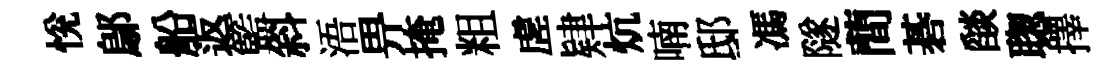
恱鄔船返籃斜浯畀掩粗虗肄炕喃邸馮隧蕳碁𦦨聦擇